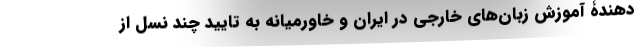
دهندۀ آموزش زبان‌های خارجی در ایران و خاورمیانه به تایید چند نسل از